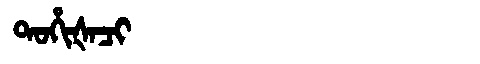
Manchu: ᡨᠣᡥᡳᡧᠠᠴᡳ
Romanization: TOHIŠACI